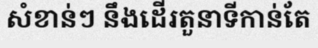
សំខាន់ៗ នឹងដើរតួនាទីកាន់តែ